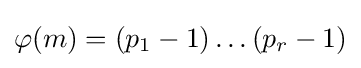
\varphi (m)=(p_{1}-1)\dots (p_{r}-1)